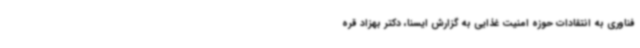
فناوری به انتقادات حوزه امنیت غذایی به گزارش ایسنا، دکتر بهزاد قره